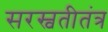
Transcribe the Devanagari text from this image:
सरस्वतीतंत्र